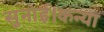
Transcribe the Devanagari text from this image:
सुनाई।कन्या